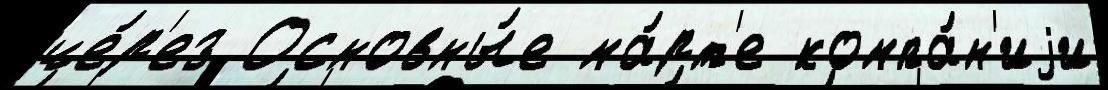
че́р'ез Основны́е ма́рт'е компа́н'иjи